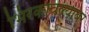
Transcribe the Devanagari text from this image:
भिरकावल्यावर